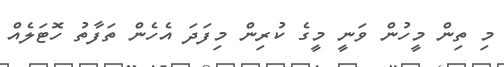
މި ތިން މީހުން ވަނީ މީގެ ކުރިން މިފަދަ އެހެން ތަފާތު ހޮޓަލެއް